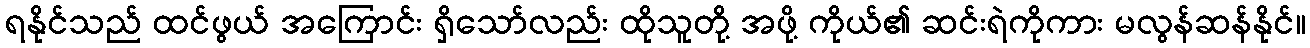
ရနိုင်သည် ထင်ဖွယ် အကြောင်း ရှိသော်လည်း ထိုသူတို့ အဖို့ ကိုယ်၏ ဆင်းရဲကိုကား မလွန်ဆန်နိုင်။